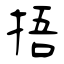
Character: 捂